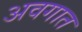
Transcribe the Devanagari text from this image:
अवगात